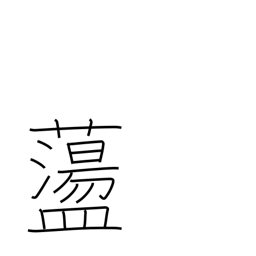
Meaning: to toss about